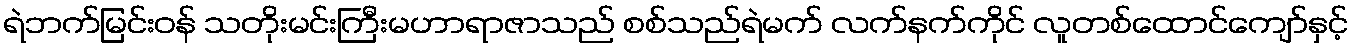
ရဲဘက်မြင်းဝန် သတိုးမင်းကြီးမဟာရာဇာသည် စစ်သည်ရဲမက် လက်နက်ကိုင် လူတစ်ထောင်ကျော်နှင့်